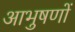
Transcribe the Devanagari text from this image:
आभुषणों